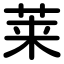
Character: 莱